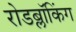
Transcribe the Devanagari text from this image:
रोडब्लॉकिंग